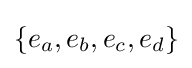
\{e_{a},e_{b},e_{c},e_{d}\}